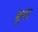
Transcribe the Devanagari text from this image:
बूगा